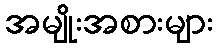
အမျိုးအစားများ